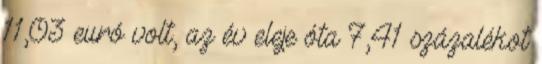
11,03 euró volt, az év eleje óta 7,41 százalékot